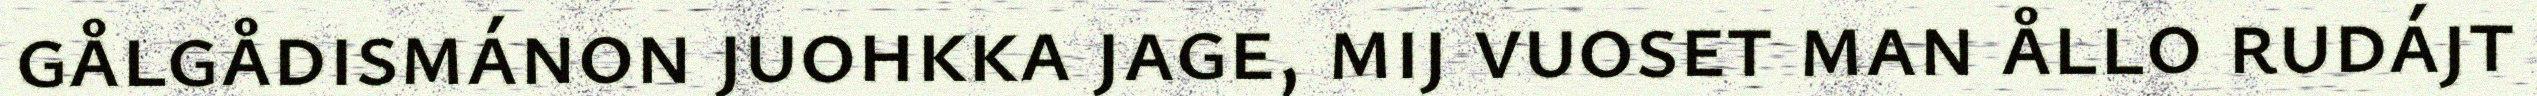
gålgådismánon juohkka jage, mij vuoset man ållo rudájt